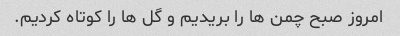
امروز صبح چمن ها را بریدیم و گل ها را کوتاه کردیم.